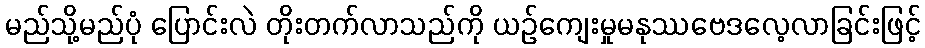
မည်သို့မည်ပုံ ပြောင်းလဲ တိုးတက်လာသည်ကို ယဉ်ကျေးမှုမနုဿဗေဒလေ့လာခြင်းဖြင့်